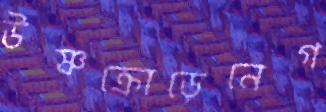
উষ্ণক্রোড়েনেগ